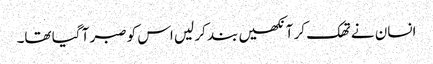
انسان نے تھک کر آنکھیں بند کر لیں اس کو صبر آ گیا تھا۔